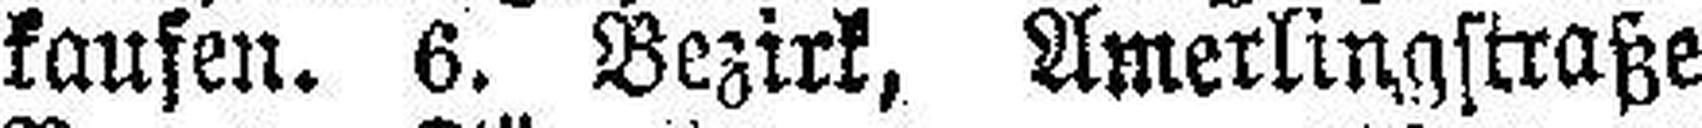
kaufen. 6. Bezirk, Amerlingstraße